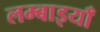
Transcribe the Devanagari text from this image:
लम्बाइयाँ